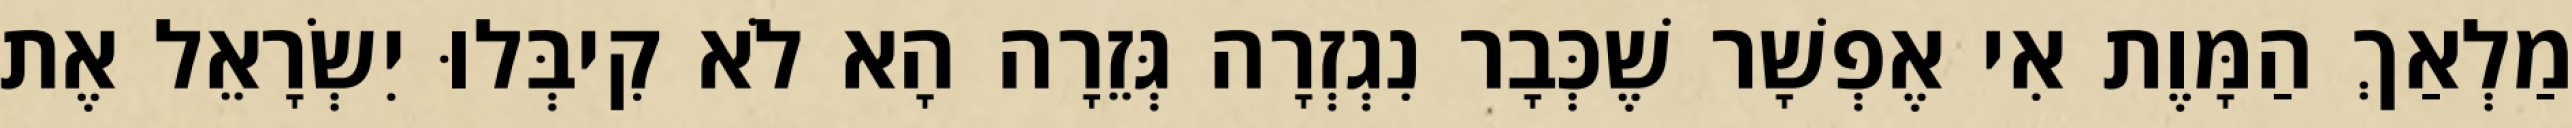
מַלְאַךְ הַמָּוֶת אִי אֶפְשָׁר שֶׁכְּבָר נִגְזְרָה גְּזֵרָה הָא לֹא קִיבְּלוּ יִשְׂרָאֵל אֶת